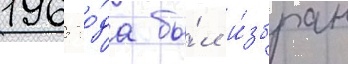
1965 го́да бы́л и́збран